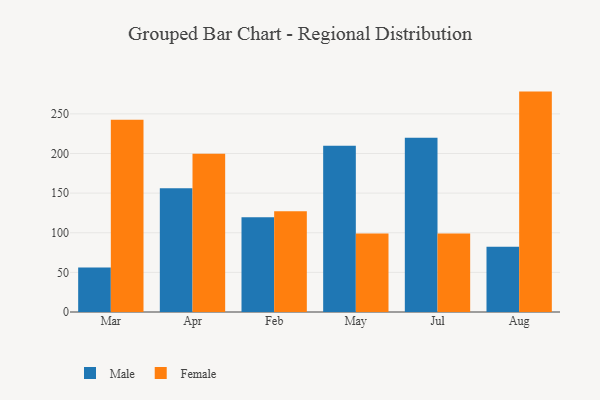
{"axis": {"x": "Month", "y": "Headcount"}, "legend": ["Female", "Male"], "data": [{"x": "Mar", "y": 56.3, "type": "Male"}, {"x": "Mar", "y": 242.5, "type": "Female"}, {"x": "Apr", "y": 156.3, "type": "Male"}, {"x": "Apr", "y": 199.7, "type": "Female"}, {"x": "Feb", "y": 119.6, "type": "Male"}, {"x": "Feb", "y": 127.1, "type": "Female"}, {"x": "May", "y": 209.7, "type": "Male"}, {"x": "May", "y": 98.9, "type": "Female"}, {"x": "Jul", "y": 219.8, "type": "Male"}, {"x": "Jul", "y": 99.2, "type": "Female"}, {"x": "Aug", "y": 82.4, "type": "Male"}, {"x": "Aug", "y": 278.1, "type": "Female"}]}